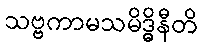
သဗ္ဗကာမသမိဒ္ဓိနီတိ